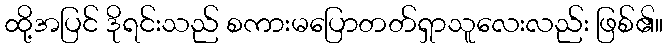
ထို့အပြင် ဒိုရင်းသည် စကားမပြောတတ်ရှာသူလေးလည်း ဖြစ်၏။